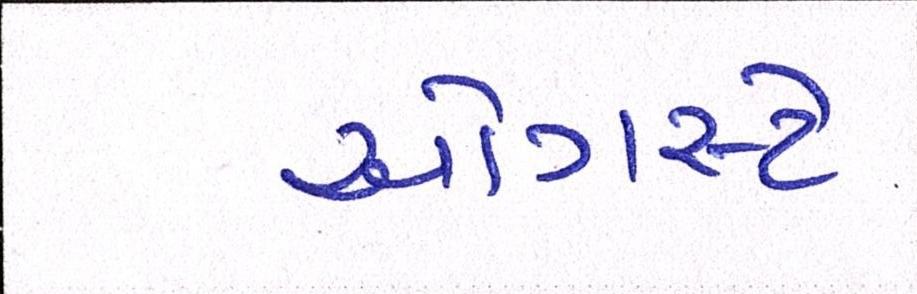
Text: ઓગસ્ટે